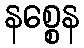
နစ္စေန